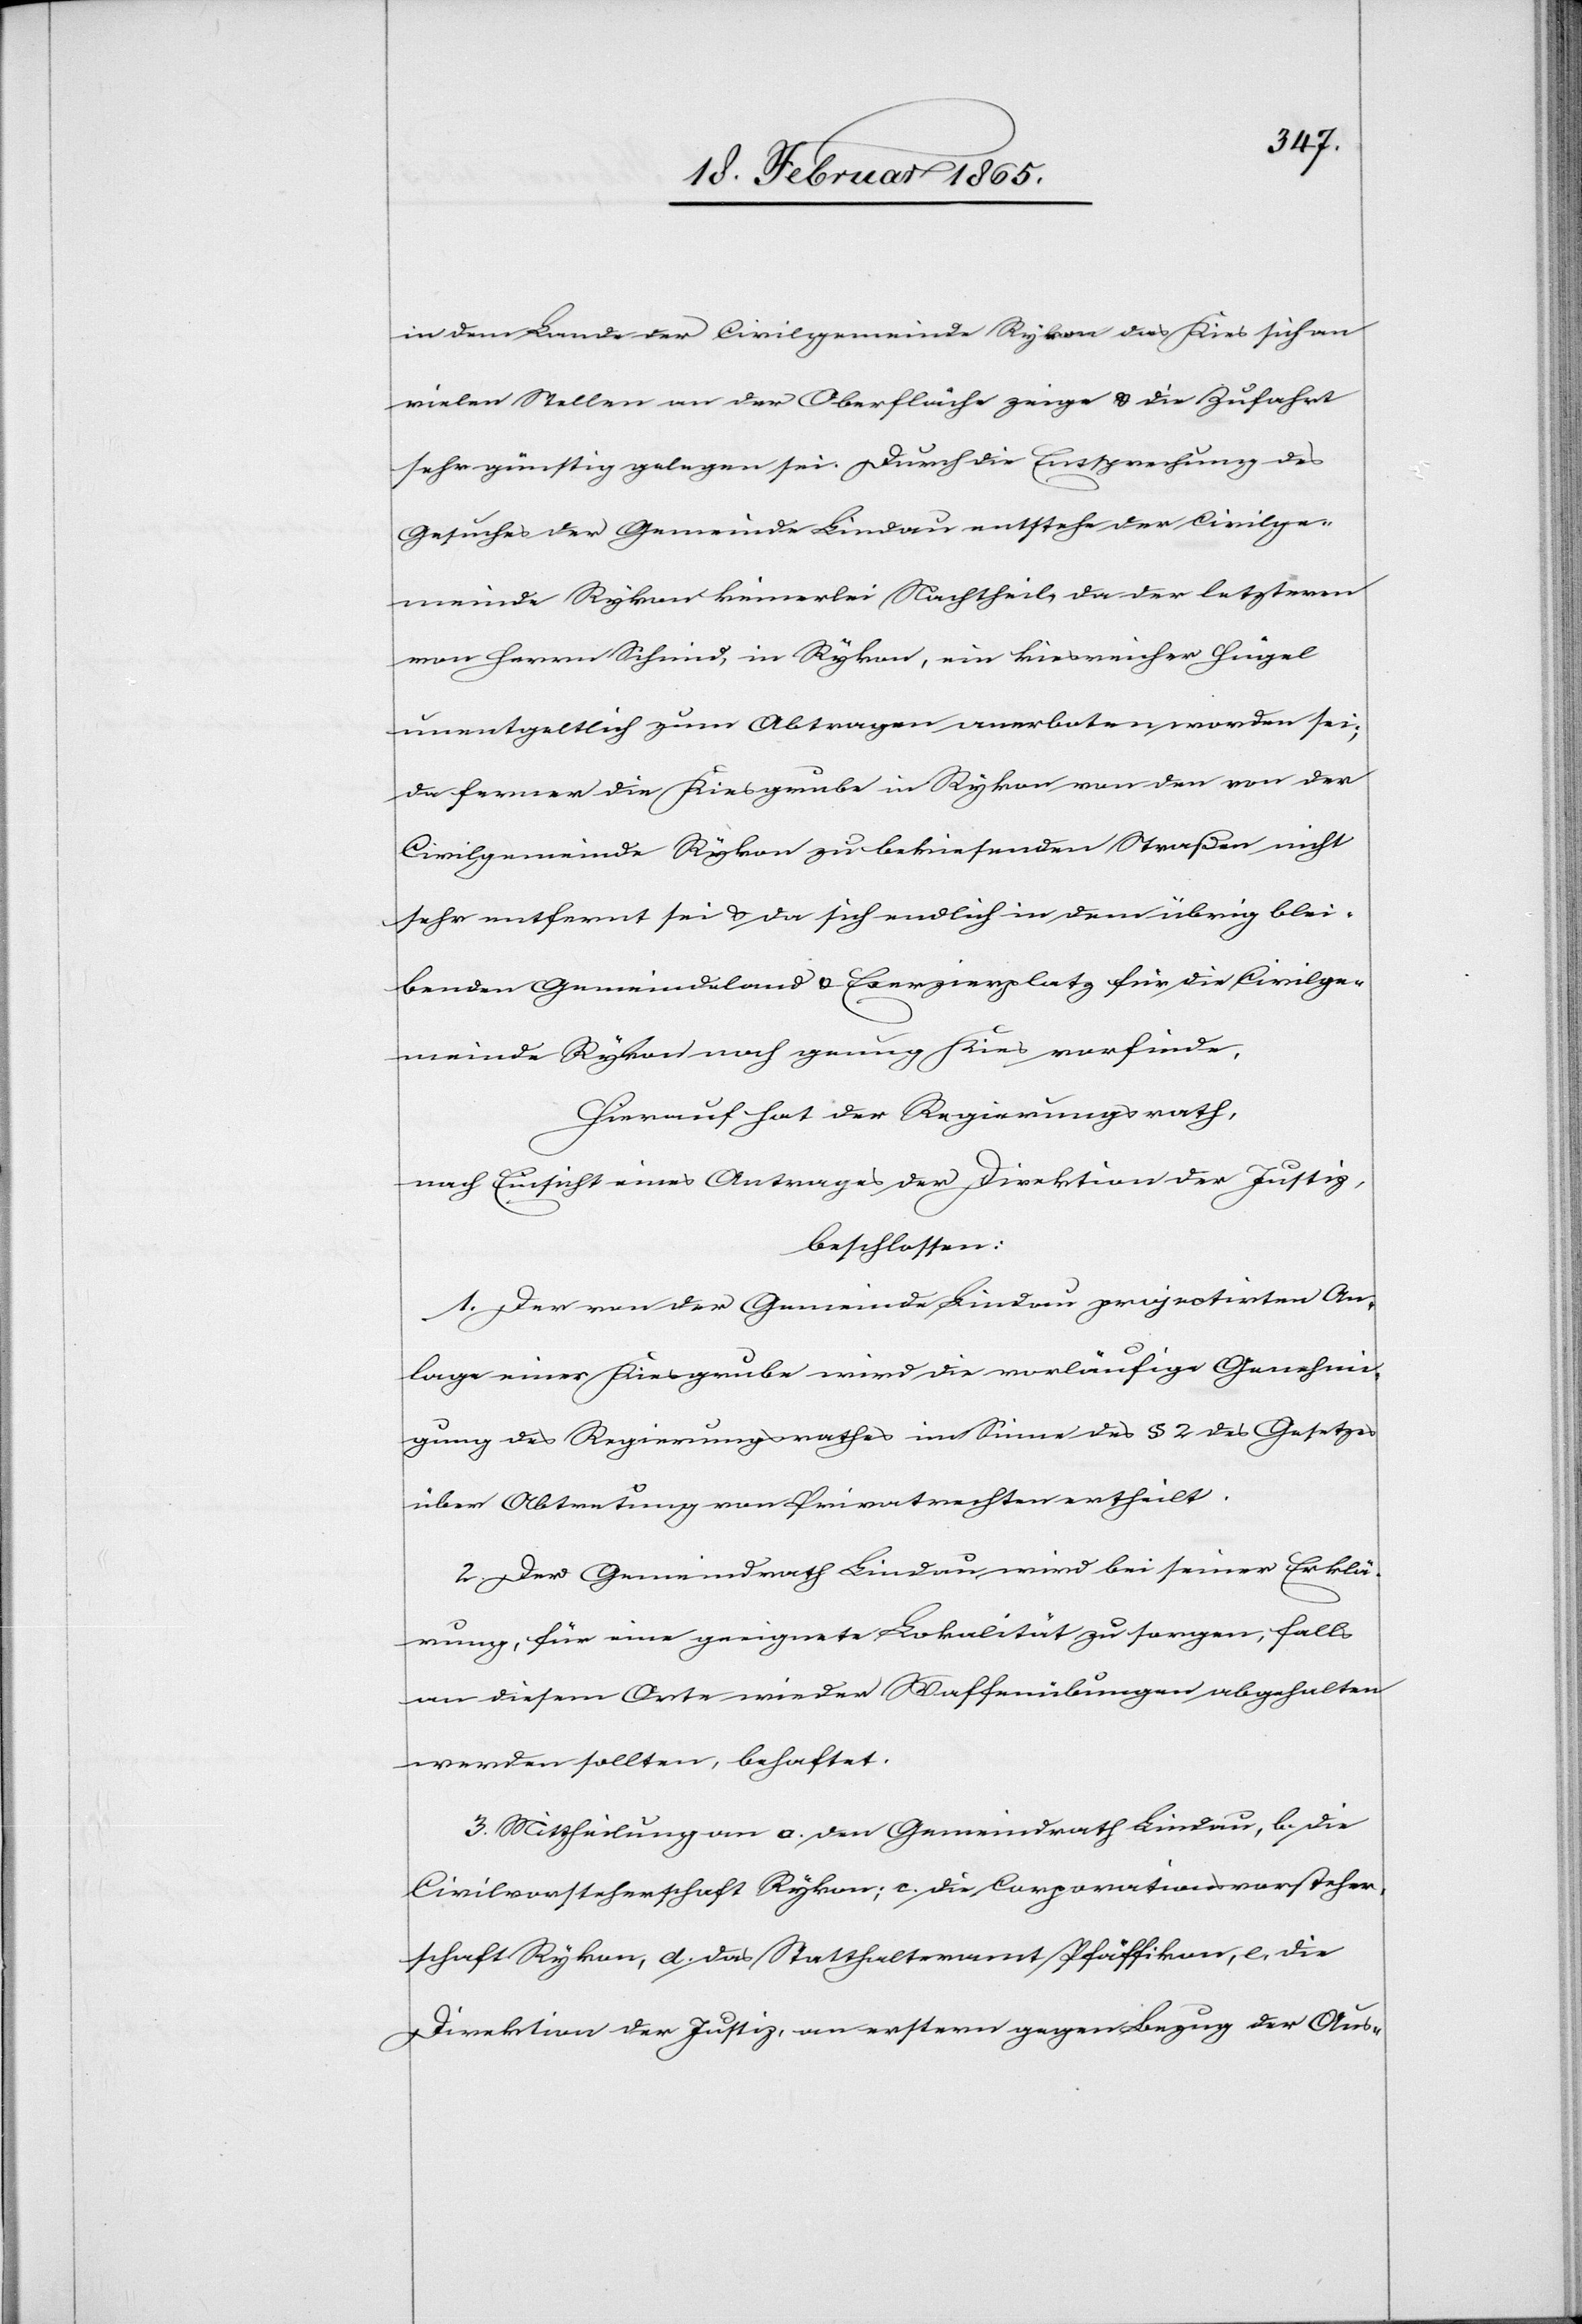
in dem Lande der Civilgemeinde Rykon das Kies sich an
vielen Stellen an der Oberfläche zeige u. die Zufahrt
sehr günstig gelegen sei. Durch die Entsprechung des
Gesuches u. der Gemeinde Lindau entstehe der Civilge¬
meinde Rykon keinerlei Nachtheil, da der letzteren
von Herrn Schmid, in Rykon, ein kiesreicher Hügel
unentgeltlich zum Abtragen anerboten worden sei;
da ferner die Kiesgrube in Rykon von den von der
Civilgemeinde Rykon zu bekiesenden Straßen nicht
sehr entfernt sei u. da sich endlich in dem übrig blei¬
benden Gemeindeland u. Exerzierplatz für die Civilge¬
meinde Rykon noch genug Kies vorfinde,
Hierauf hat der Regierungsrath,
nach Einsicht eines Antrages der Direktion der Justiz,
beschlossen:
1. Der von der Gemeinde Lindau projectirten An¬
lage einer Kiesgrube wird die vorläufige Genehmi¬
gung des Regierungsrathes im Sinne des § 2 des Gesetzes
über Abtretung von Privatrechten ertheilt.
2. Der Gemeindrath Lindau wird bei seiner Erklä¬
rung, für eine geeignete Lokalität zu sorgen, falls
an diesem Orte wieder Waffenübungen abgehalten
werden sollten, behaftet.
3. Mittheilung an a. den Gemeindrath Lindau, b. die
Civilvorsteherschaft Rykon; c. die Corporationsvorsteher¬
schaft Rykon, d. das Statthalteramt Pfäffikon, e. die
Direktion der Justiz, an erstern gegen Bezug der Aus-